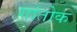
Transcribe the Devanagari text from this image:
गांतोक